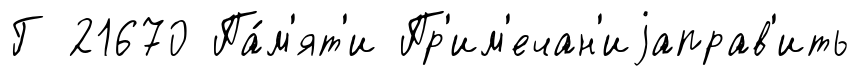
Г 21670 Па́м'ят'и Пр'им'ечан'иjаправ'ить